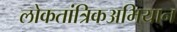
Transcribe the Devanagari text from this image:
लोकतांत्रिकअभियान